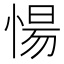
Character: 愓